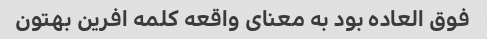
فوق العاده بود به معنای واقعه کلمه افرین بهتون